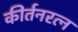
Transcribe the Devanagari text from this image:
कीर्तनरत्‍न